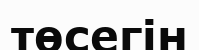
төсегін